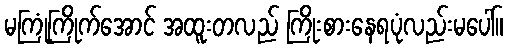
မကြုံကြိုက်အောင် အထူးတလည် ကြိုးစားနေရပုံလည်းမပေါ်။